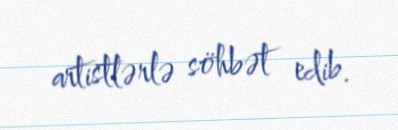
artistlərlə söhbət edib.